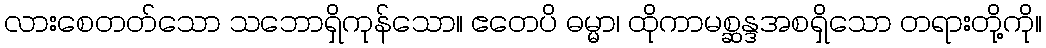
လားစေတတ်သော သဘောရှိကုန်သော။ ဧတေပိ ဓမ္မာ၊ ထိုကာမစ္ဆန္ဒအစရှိသော တရားတို့ကို။